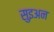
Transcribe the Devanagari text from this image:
सुइअन